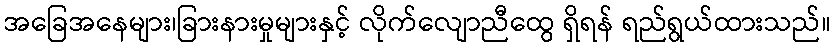
အခြေအနေများ၊ခြားနားမှုများနှင့် လိုက်လျောညီထွေ ရှိရန် ရည်ရွယ်ထားသည်။